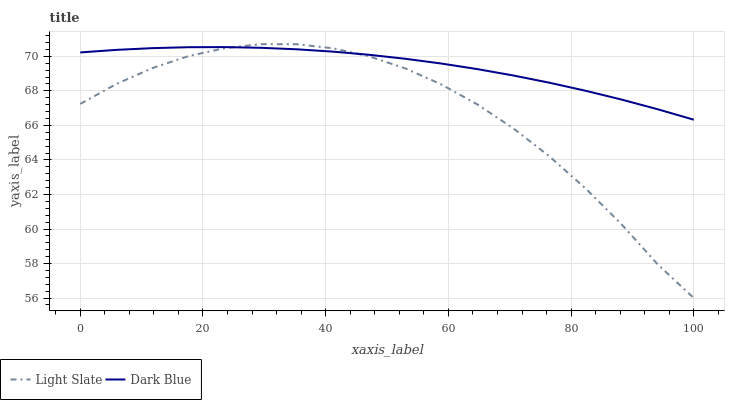
| xaxis_label | Light Slate | Dark Blue |
 | --- | --- | --- |
 | 0 | 67.2 | 70.2 |
 | 5.88 | 68.4 | 70.4 |
 | 11.8 | 69.3 | 70.5 |
 | 17.6 | 70 | 70.5 |
 | 23.5 | 70.5 | 70.5 |
 | 29.4 | 70.7 | 70.5 |
 | 35.3 | 70.7 | 70.4 |
 | 41.2 | 70.5 | 70.3 |
 | 47.1 | 70 | 70.1 |
 | 52.9 | 69.3 | 69.9 |
 | 58.8 | 68.4 | 69.6 |
 | 64.7 | 67.2 | 69.3 |
 | 70.6 | 65.8 | 68.9 |
 | 76.5 | 64.2 | 68.5 |
 | 82.4 | 62.4 | 68 |
 | 88.2 | 60.3 | 67.5 |
 | 94.1 | 58 | 66.9 |
 | 100 | 56 | 66.3 |